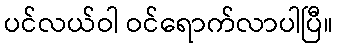
ပင်လယ်ဝါ ဝင်ရောက်လာပါပြီ။